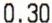
0.30